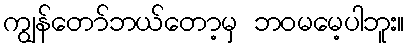
ကျွန်တော်ဘယ်တော့မှ ဘဝမမေ့ပါဘူး။